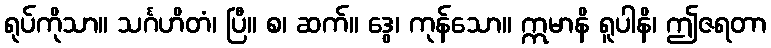
ရုပ်ကိုသာ။ သင်္ဂဟိတံ၊ ပြီ။ စ၊ ဆက်။ ဒွေ၊ ကုန်သော။ ဣမာနိ ရူပါနိ၊ ဤဇရတာ